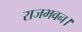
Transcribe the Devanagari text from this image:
राजभवन।